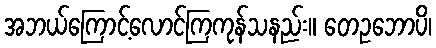
အဘယ်ကြောင့်လောင်ကြကုန်သနည်း။ တေဥဘောပိ၊